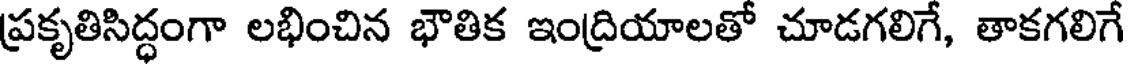
ప్రకృతిసిద్ధంగా లభించిన భౌతిక ఇంద్రియాలతో చూడగలిగే, తాకగలిగే